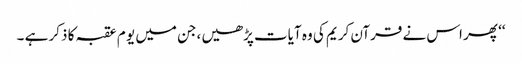
‘‘ پھر اس نے قرآن کریم کی وہ آیات پڑھیں ،جن میں یو م عقبہ کا ذکر ہے ۔